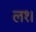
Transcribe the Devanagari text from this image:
ल१।